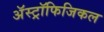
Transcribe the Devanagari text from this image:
अॅस्ट्रॉफिजिकल